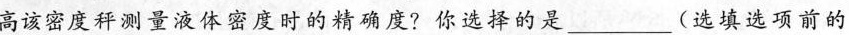
高该密度秤测量液体密度时的精确度?你选择的是___(选填选项前的